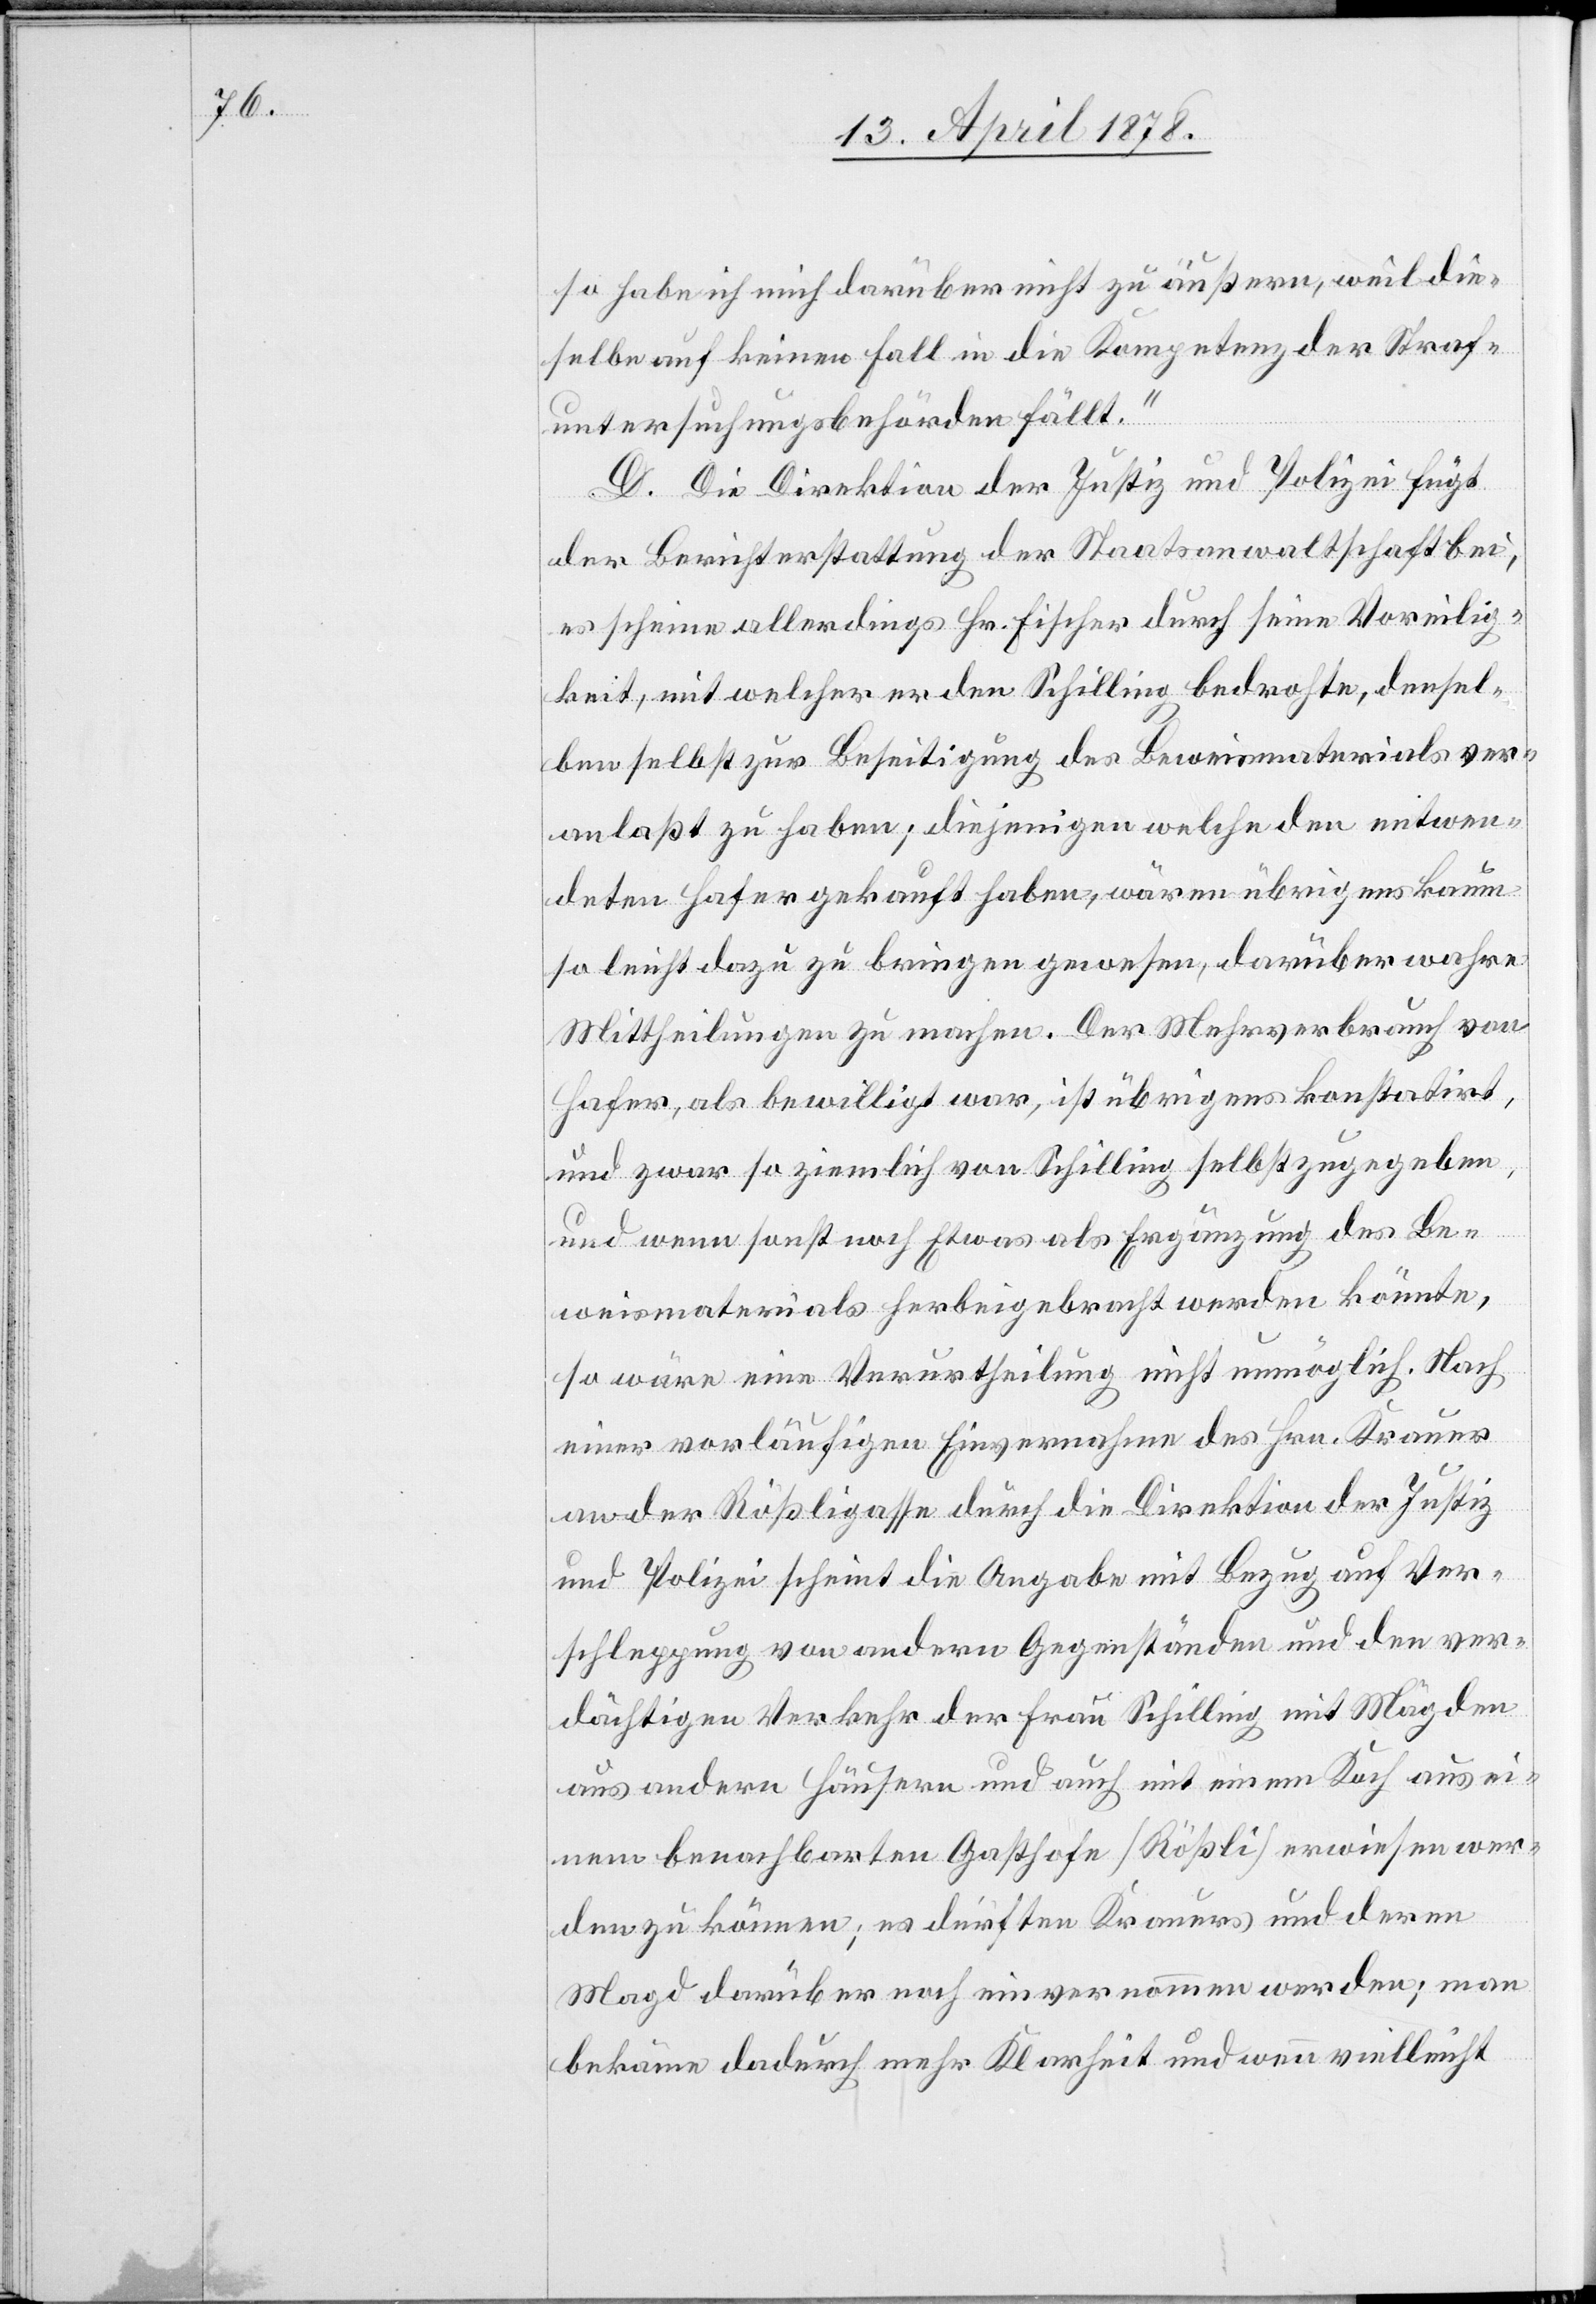
so habe ich mich darüber nicht zu äußern, weil die¬
selbe auf keinen Fall in die Kompetenz der Straf¬
untersuchungsbehörden fällt.“
D. Die Direktion der Justiz und Polizei fügt
der Berichterstattung der Staatsanwaltschaft bei,
es scheine allerdings Hr. Fischer durch seine Voreilig¬
keit, mit welcher er den Schilling bedrohte, densel¬
ben selbst zur Beseitigung des Beweismaterials ver¬
anlaßt zu haben; diejenigen welche den entwen¬
deten Hafer gekauft haben, wären übrigens kaum
so leicht dazu zu bringen gewesen, darüber wahre
Mittheilungen zu machen. Der Mehrverbrauch von
Hafer, als bewilligt war, ist übrigens konstatirt,
und wenn sonst noch Etwas als Ergänzung des Be¬
weismaterials herbeigebracht werden könnte,
so wäre eine Verurtheilung nicht unmöglich. Nach
einer vorläufigen Einvernahme des Hrn. Krauer
an der Rößligasse durch die Direktion der Justiz
und Polizei scheint die Angabe mit Bezug auf Ver¬
schleppung von andern Gegenständen und den ver¬
dächtigen Verkehr der Frau Schilling mit Mägden
aus andern Häusern und auch mit einem Koch aus ei¬
nem benachbarten Gasthofe (Rößli) erwiesen wer¬
den zu können; es dürften Krauers und deren
Magd darüber noch einvernommen werden; man
bekäme dadurch mehr Klarheit und wenn vielleicht